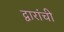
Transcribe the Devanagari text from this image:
द्वारांची